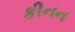
કીનન